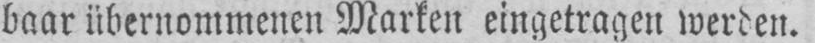
baar übernommenen Marken eingetragen werden.